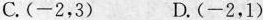
C.(-2，3) D.(-2，1)